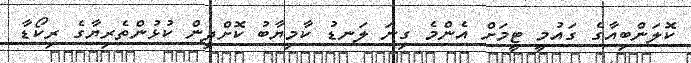
ކޮލަންބިއާގެ ގައުމީ ޓީމަށް އެންމެ ގިނަ ލަނޑު ކާމިޔާބު ކޮށްދިން ކުޅުންތެރިޔާގެ ރިކޯޑާ